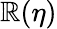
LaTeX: \mathbb{R}(\eta)